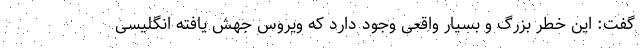
گفت: این خطر بزرگ و بسیار واقعی وجود دارد که ویروس جهش یافته انگلیسی